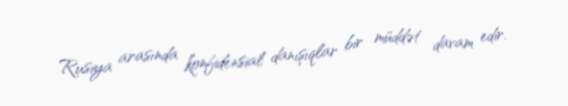
Rusiya arasında konfidensial danışıqlar bir müddət davam edir.